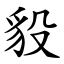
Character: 䝘